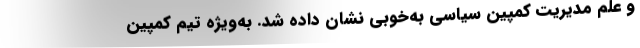
و علم مدیریت کمپین سیاسی به‌خوبی نشان داده شد. به‌ویژه تیم کمپین